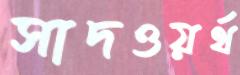
সাদওয়র্থ